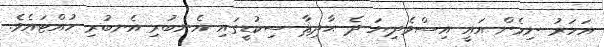
އަހަރު ނިމެން އައީ އިސްވެދިޔަ ދެ ޙާދިޘާ ސިކުޑީގައި އެނބުރި އެނބުރި ހުއްޓައެވެ.